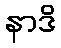
နာဒိ